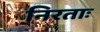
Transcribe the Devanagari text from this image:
निरताः